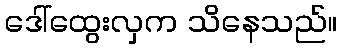
ဒေါ်ထွေးလှက သိနေသည်။